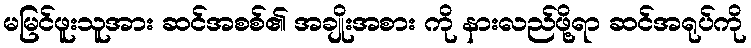
မမြင်ဖူးသူအား ဆင်အစစ်၏ အချိုးအစား ကို နားလည်ဖို့ရာ ဆင်အရုပ်ကို